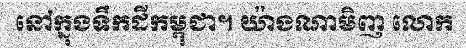
នៅក្នុងទឹកដីកម្ពុជា។ យ៉ាងណាមិញ លោក